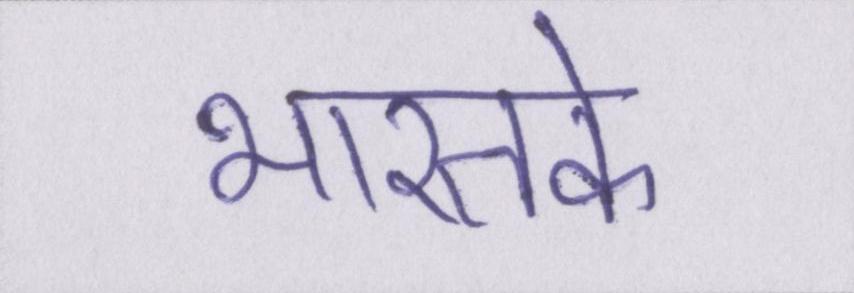
भारतके